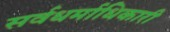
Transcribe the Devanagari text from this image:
सर्वधर्माधिकारी